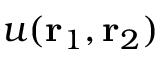
u ( { \mathbf { r } _ { 1 } } , { \mathbf { r } _ { 2 } } )